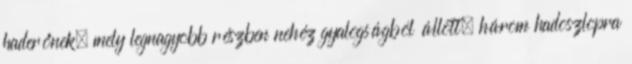
haderőnek, mely legnagyobb részben nehéz gyalogságból állott, három hadoszlopra